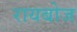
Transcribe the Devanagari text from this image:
रायबोज